65_HS1-834228961_62-HQ-83894_Serial_164
Agency: FBI
Page 30
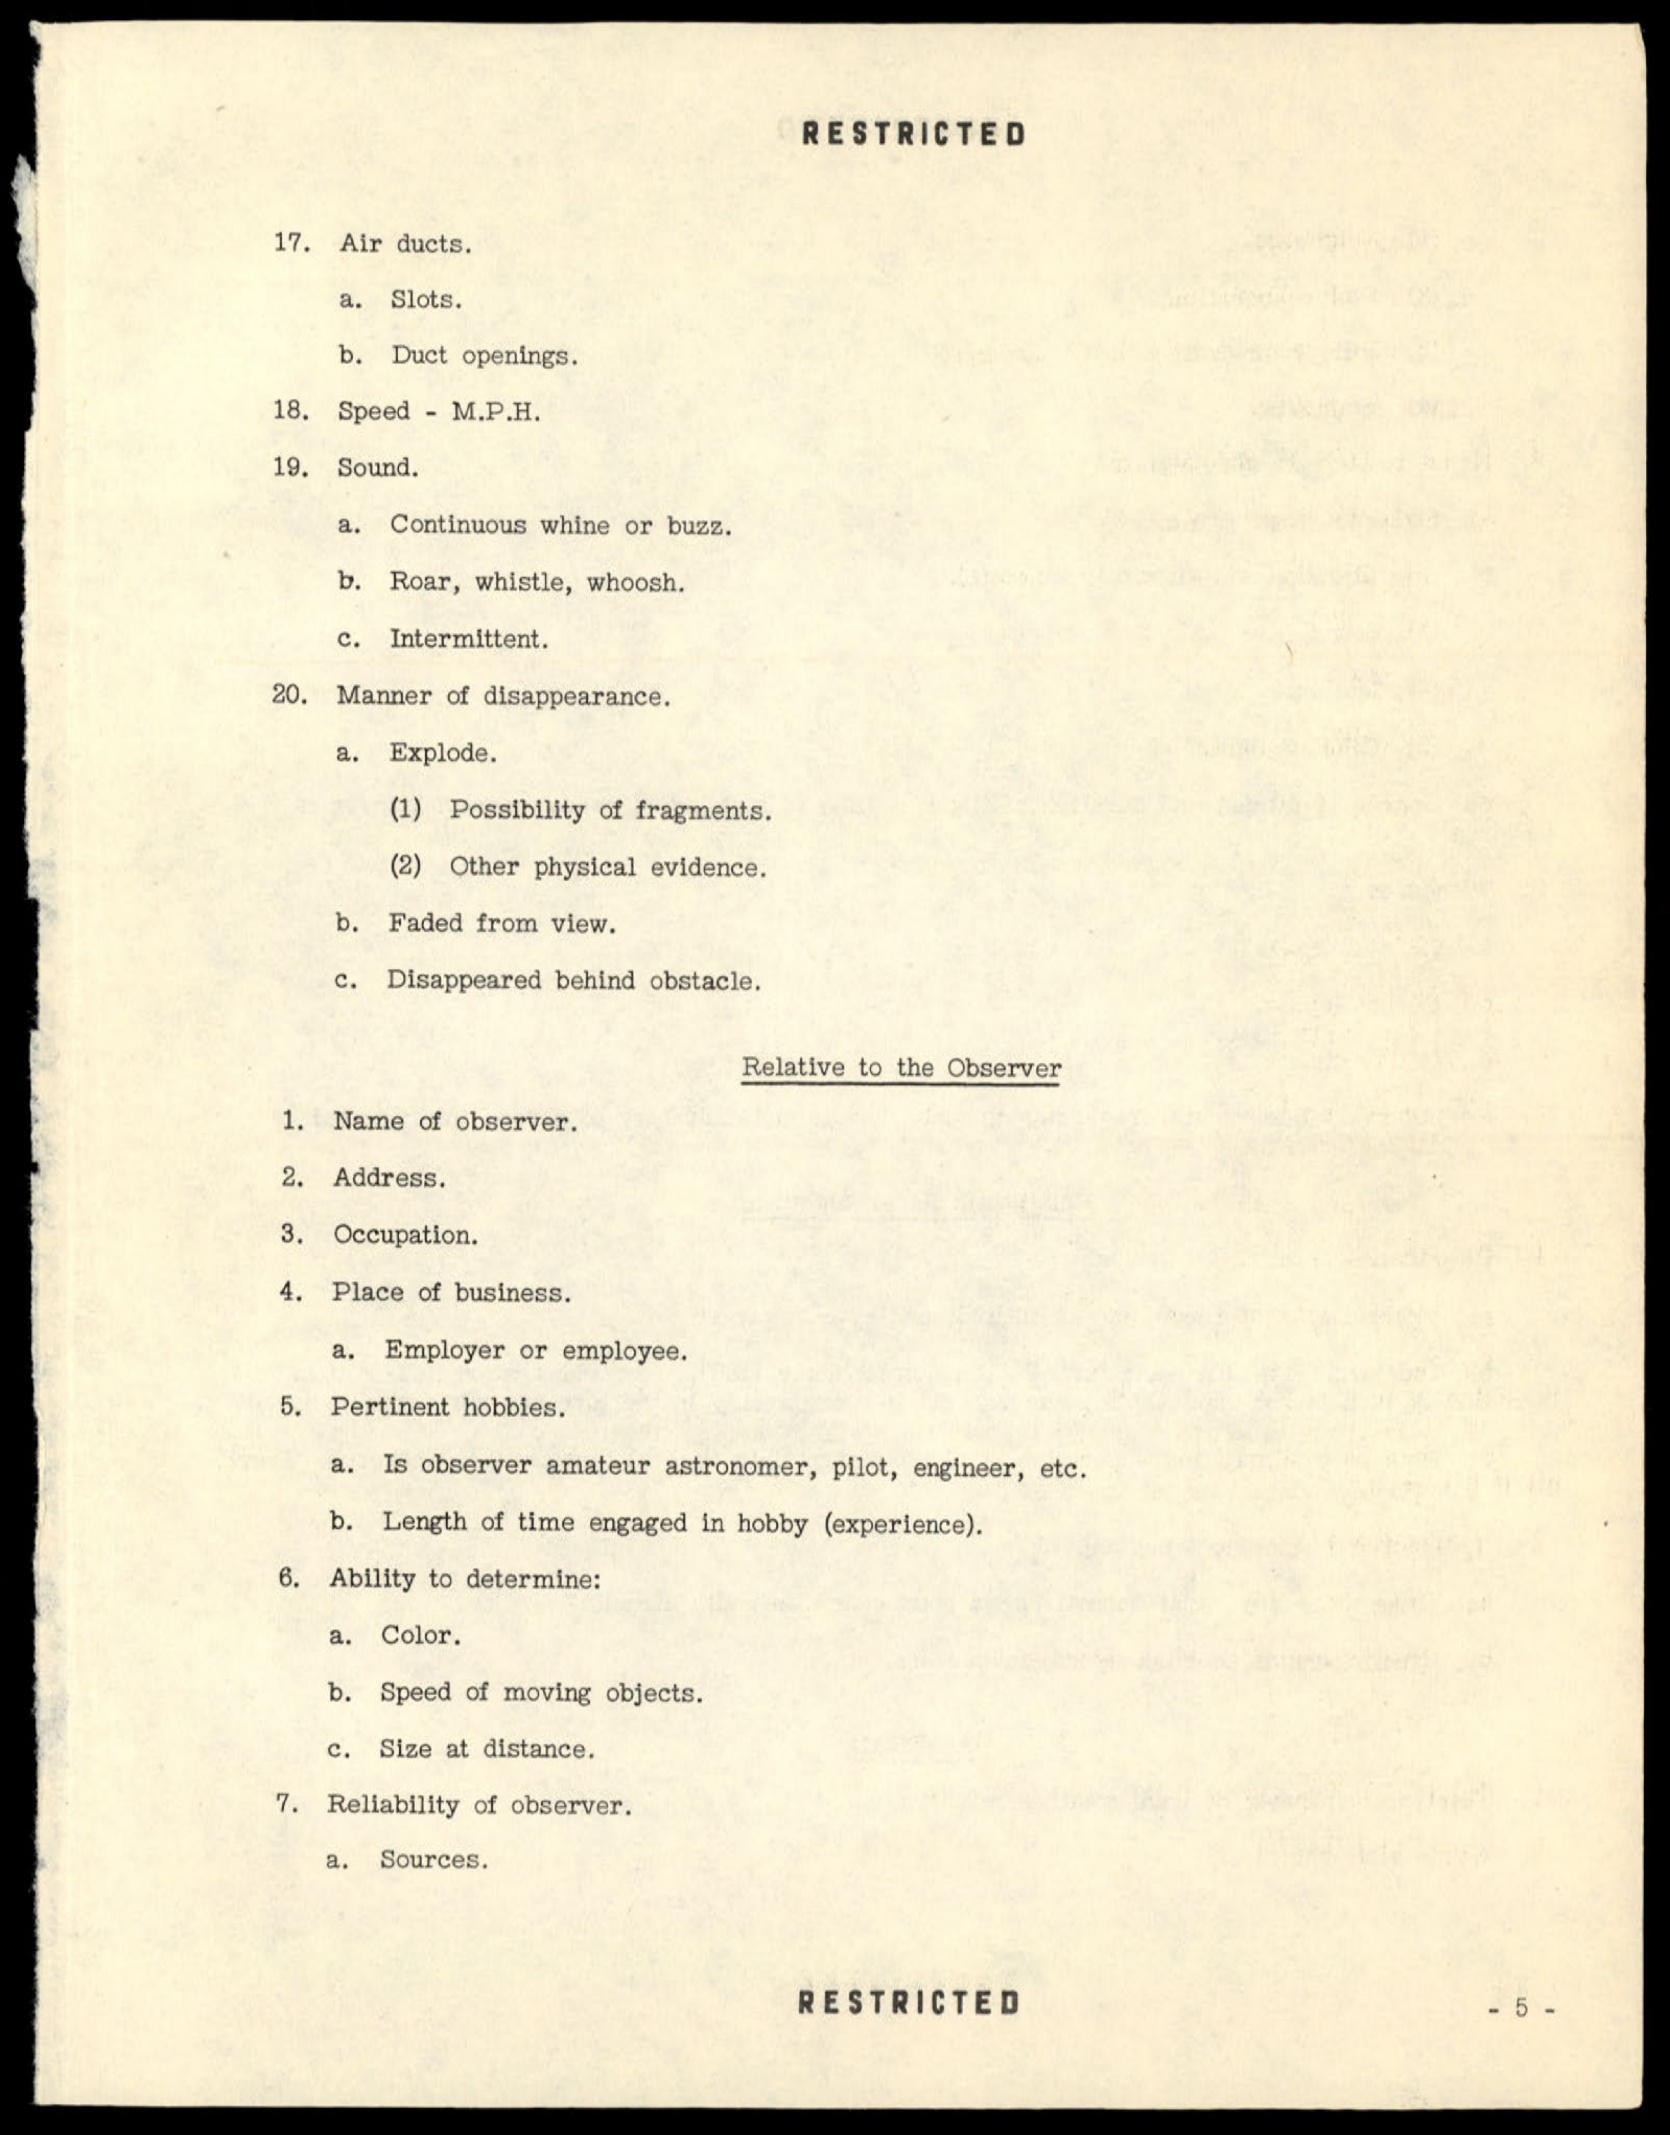